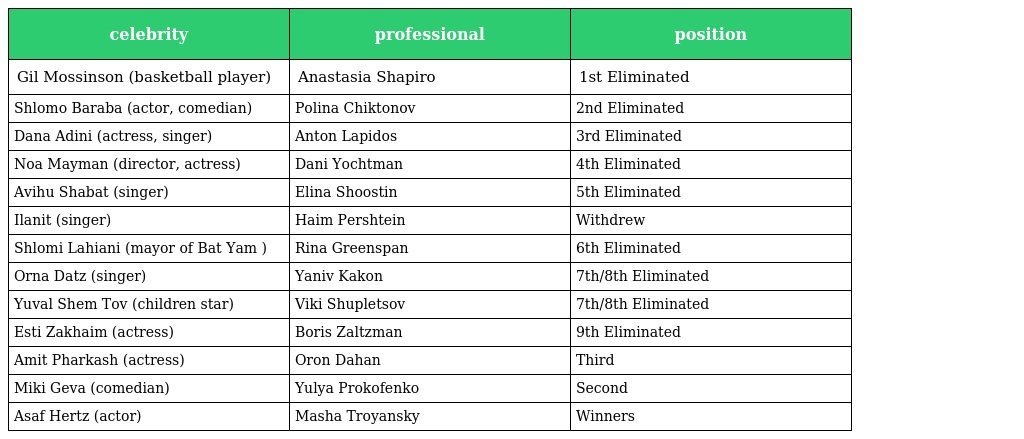
| celebrity | professional | position |
 | --- | --- | --- |
 | Gil Mossinson (basketball player) | Anastasia Shapiro | 1st Eliminated |
 | Shlomo Baraba (actor, comedian) | Polina Chiktonov | 2nd Eliminated |
 | Dana Adini (actress, singer) | Anton Lapidos | 3rd Eliminated |
 | Noa Mayman (director, actress) | Dani Yochtman | 4th Eliminated |
 | Avihu Shabat (singer) | Elina Shoostin | 5th Eliminated |
 | Ilanit (singer) | Haim Pershtein | Withdrew |
 | Shlomi Lahiani (mayor of Bat Yam ) | Rina Greenspan | 6th Eliminated |
 | Orna Datz (singer) | Yaniv Kakon | 7th/8th Eliminated |
 | Yuval Shem Tov (children star) | Viki Shupletsov | 7th/8th Eliminated |
 | Esti Zakhaim (actress) | Boris Zaltzman | 9th Eliminated |
 | Amit Pharkash (actress) | Oron Dahan | Third |
 | Miki Geva (comedian) | Yulya Prokofenko | Second |
 | Asaf Hertz (actor) | Masha Troyansky | Winners |